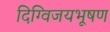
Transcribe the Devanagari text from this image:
दिग्विजयभूषण